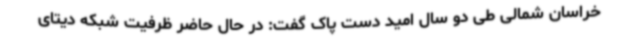
خراسان شمالی طی دو سال امید دست پاک گفت: در حال حاضر ظرفیت شبکه دیتای